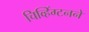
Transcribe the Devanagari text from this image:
चिव्हिंग्टनने